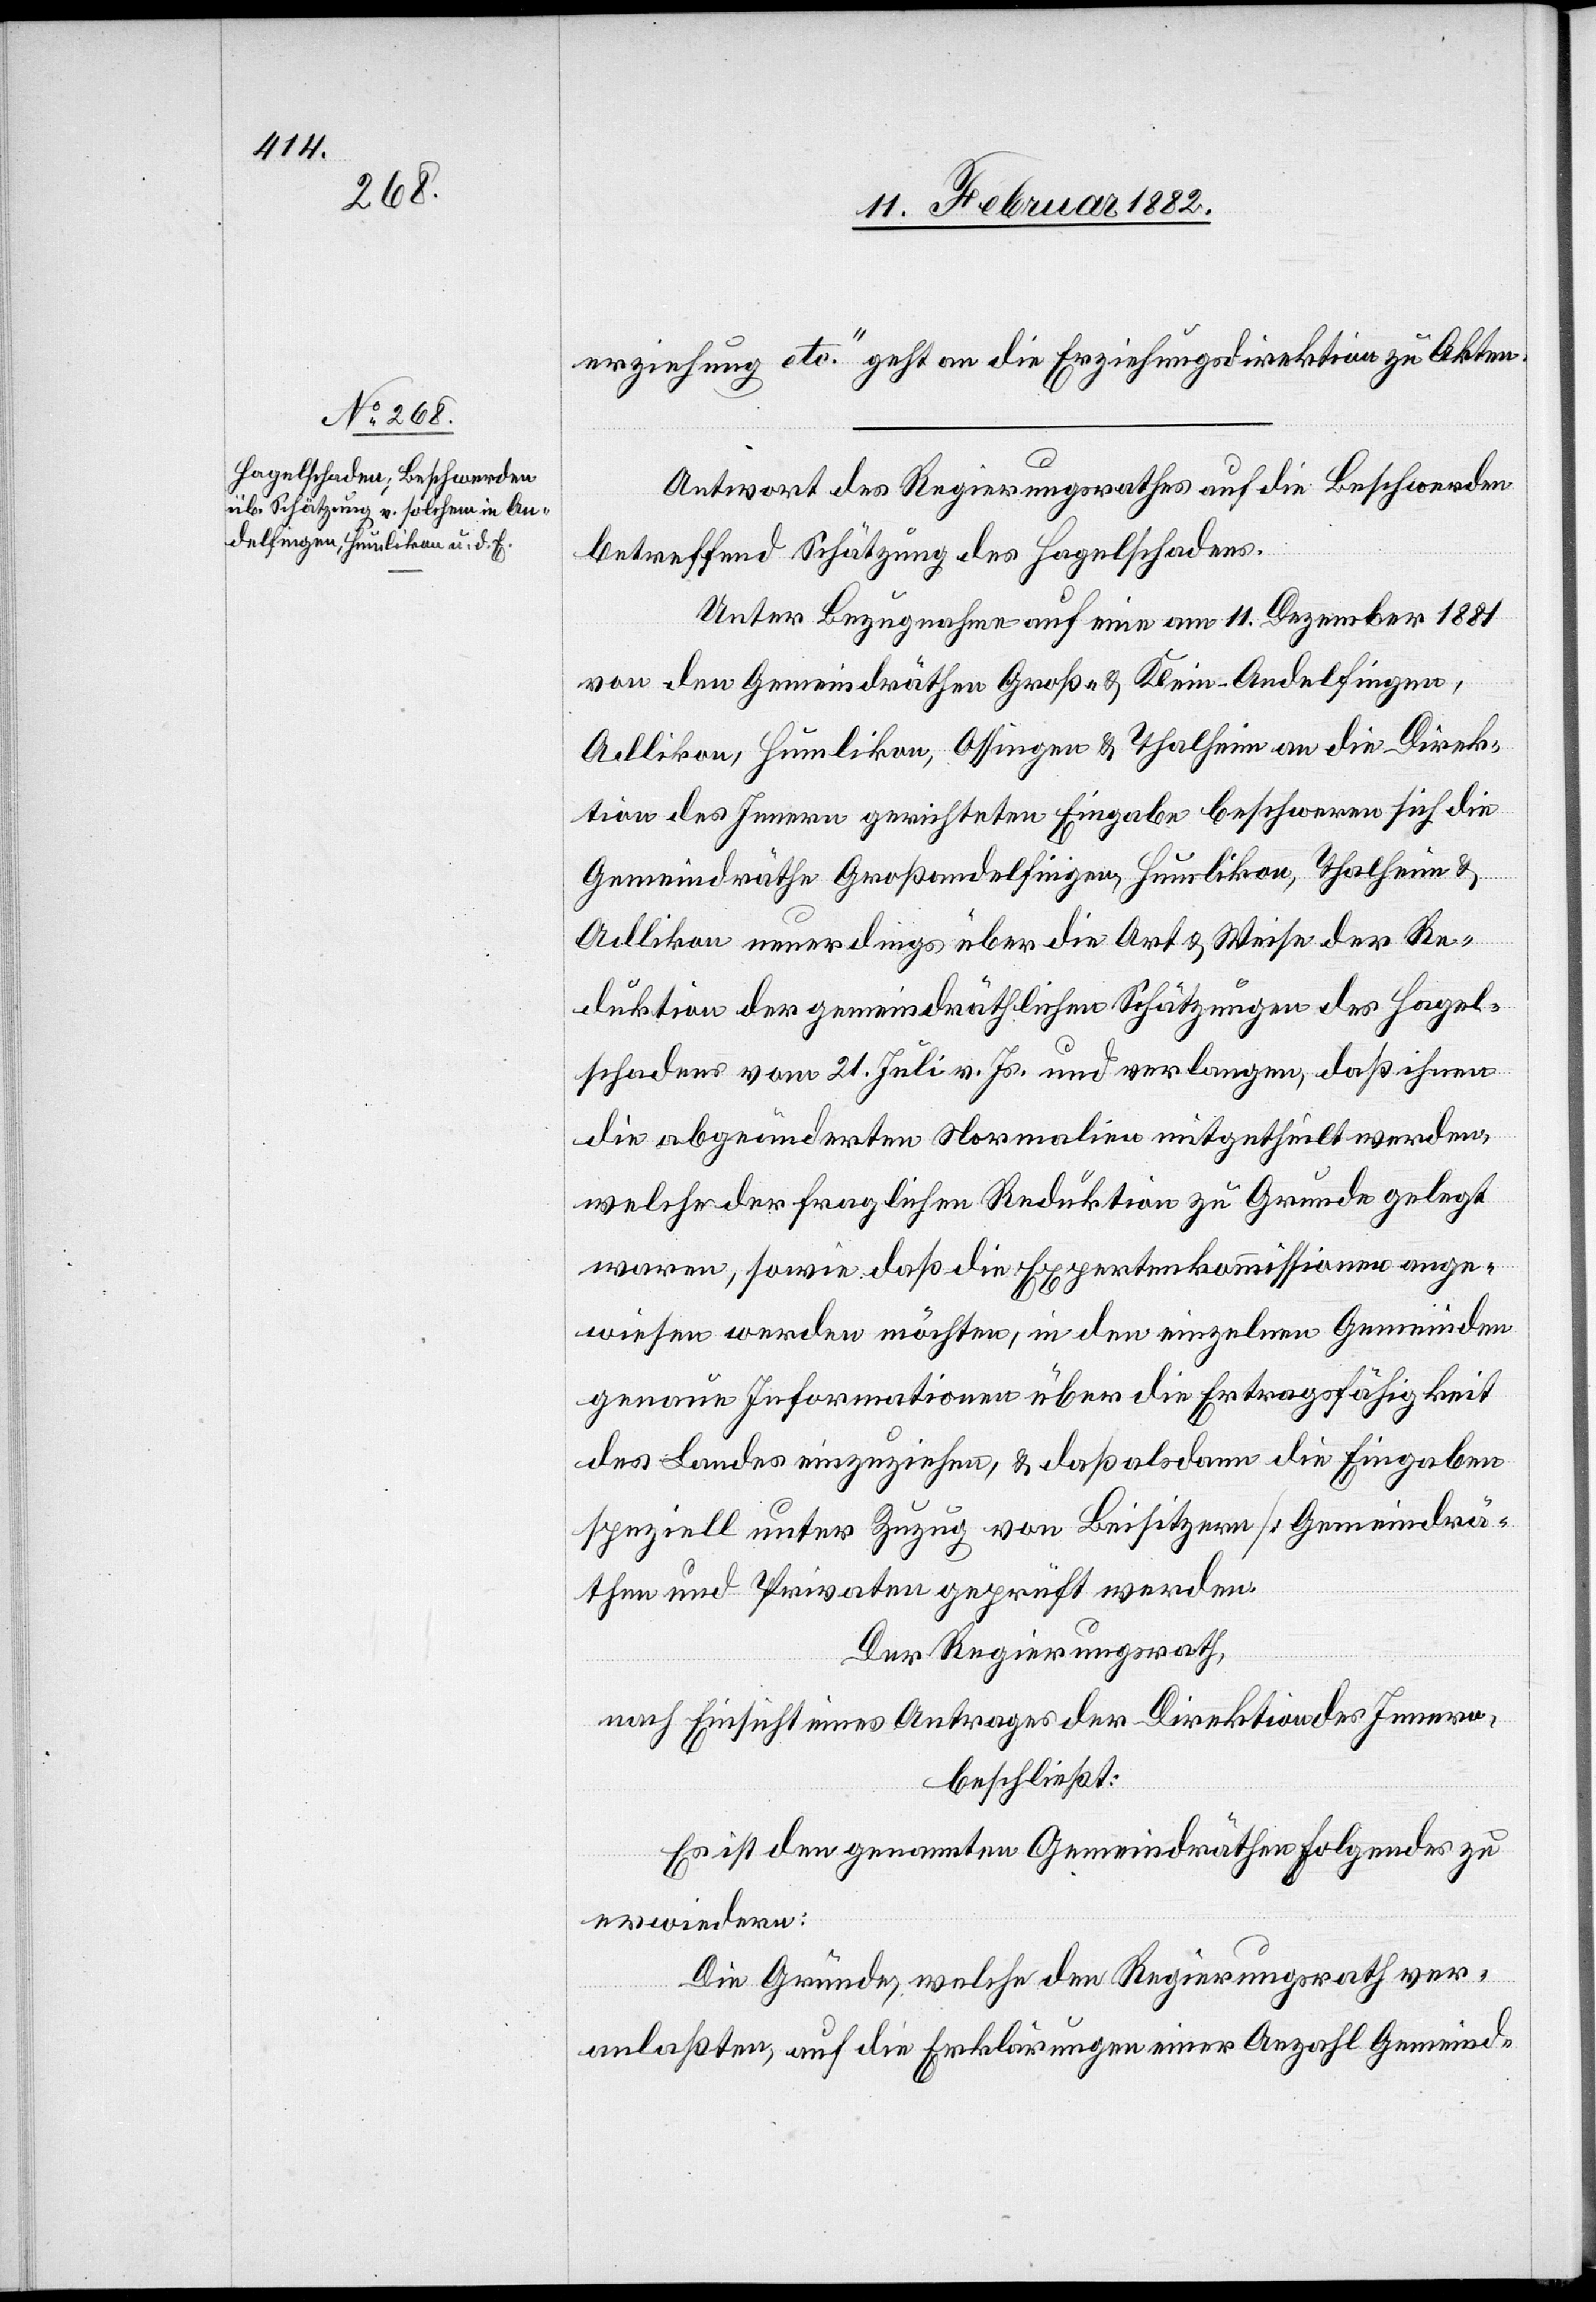
erziehung etc. geht an die Erziehungsdirektion zu Akten.
Antwort des Regierungsrathes auf die Beschwerde
betreffend Schätzung des Hagelschadens.
Unter Bezugnahme auf eine am 1. Dezember 1881
von den Gemeindräthen Groß- & Klein-Andelfingen,
Adlikon, Humlikon, Offingen & Thalheim an die Direk¬
tion des Innern gerichteten Eingabe beschweren sich die
Gemeindräthe Großandelfingen, Humlikon, Thalheim &
Adlikon neuerdings über die Art & Weise der Re¬
duktion der gemeindräthlichen Schätzungen des Hagel¬
schadens vom 21. Juli v. Js. und verlangen, daß ihnen
die abgeänderten Normalien mitgetheilt werden,
welche der fraglichen Reduktion zu Grunde gelegt
waren, sowie daß die Expertenkommissionen ange¬
wiesen werden möchten, in den einzelnen Gemeinden
genaue Informationen über die Ertragsfähigkeit
des Landes einzuziehen, & von Besitzern [Gemeindrä¬
then und Privaten] geprüft werden.
Der Regierungsrath,
nach Einsicht eines Antrages der Direktion des Innern,
beschließt:
Es ist den genannten Gemeindräthen folgendes zu
erwiedern:
Die Gründe, welche den Regierungsrath ver¬
anlaßten, auf die Erklärungen einer Anzahl Gemeind-